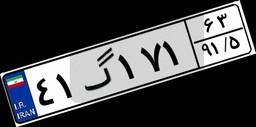
۴۱گ۱۷۱۶۳